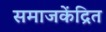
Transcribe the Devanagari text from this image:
समाजकेंद्रित